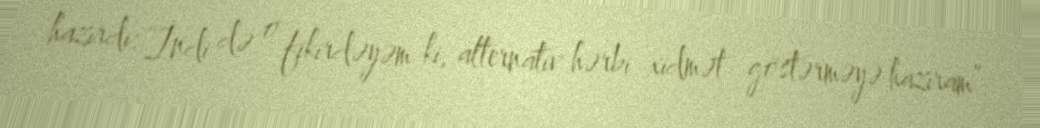
hazırdı: “İndi də o fikirdəyəm ki, alternativ hərbi xidmət göstərməyə hazıram”.